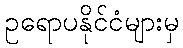
ဥရောပနိုင်ငံများမှ